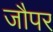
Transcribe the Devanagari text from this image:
जौपर